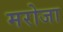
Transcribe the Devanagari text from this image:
मरोजा